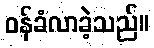
ဝန်ခံလာခဲ့သည်။